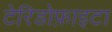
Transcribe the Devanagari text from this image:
टेरिडोफ़ाइटा